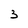
Character: 3